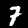
Digit: 7